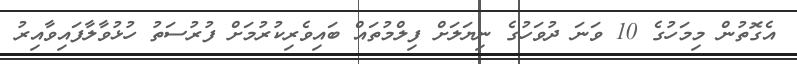
އެގޮތުން މިމަހުގެ 10 ވަނަ ދުވަހުގެ ނިޔަލަށް ފިލްމުތައް ބައިވެރިކުރުމަށް ފުރުސަތު ހުޅުވާލާފައިވާއިރު